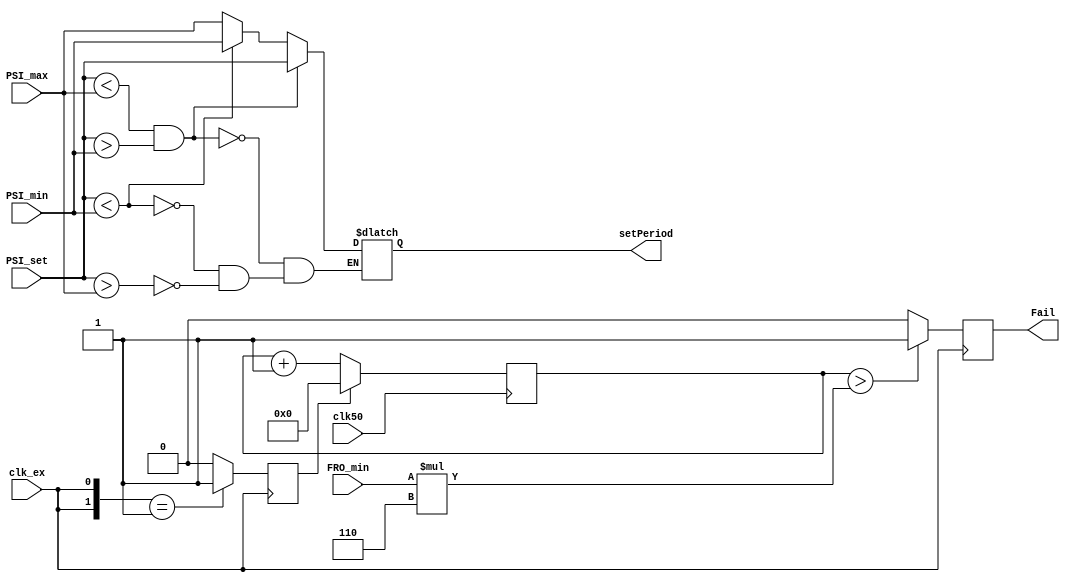
module ClockMonitoring (clk50,clk_ex,PSI_set,PSI_min,PSI_max,FRO_min,Fail,setPeriod);
    input clk50;
	 input clk_ex;
	 input [7:0]PSI_set;
	 input [7:0]PSI_min;
	 input [7:0]PSI_max;
	 input [7:0]FRO_min;
	 output reg Fail;
	 output reg [7:0]setPeriod;
    reg rst , prev;
	 reg [15:0]count = 0;
	 
	 always @(clk50) begin : transition
        prev <= clk_ex;
        
    end

    always @(posedge clk_ex) begin
        Fail <= (count > (FRO_min*6)) ? 1 : 0;
        rst <= ({prev,clk_ex} == 2'b01) ? 1 : 0;
    end
	 
	 always @(PSI_set , PSI_min , PSI_max) begin
        if ((PSI_set < PSI_max) && (PSI_set > PSI_min))
			setPeriod <= PSI_set;
        else if (PSI_set < PSI_min)
			setPeriod <= PSI_min;
        else if (PSI_set > PSI_max) 
			setPeriod <= PSI_max; 
    end

    always @(posedge clk50) begin
        if(rst) count <= 0;
        else count <= (count + 1);
    end

endmodule